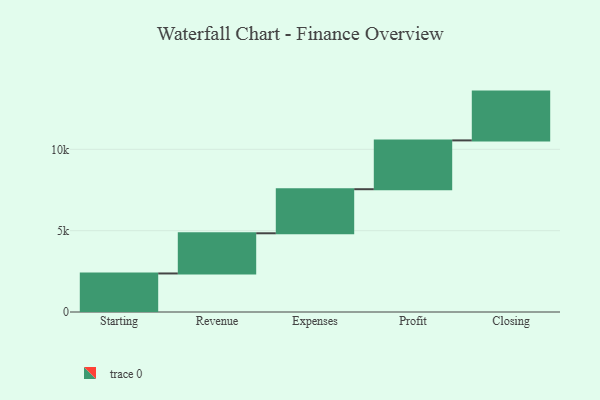
{"axis": {"x": "Step", "y": "Value"}, "legend": [""], "data": [{"x": "Starting", "y": 2369.0, "type": ""}, {"x": "Revenue", "y": 2470.0, "type": ""}, {"x": "Expenses", "y": 2709.0, "type": ""}, {"x": "Profit", "y": 3000, "type": ""}, {"x": "Closing", "y": 3000, "type": ""}]}